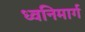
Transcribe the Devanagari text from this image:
ध्वनिमार्ग